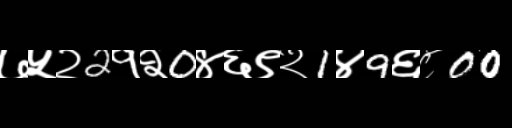
Text: ७५२2१२0४६९२1४9६८00